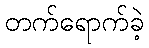
တက်ရောက်ခဲ့